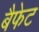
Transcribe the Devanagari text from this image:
बैफेट